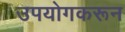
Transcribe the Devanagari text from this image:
उपयोगकरून